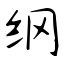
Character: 纲